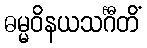
ဓမ္မဝိနယသင်္ဂီတိံ